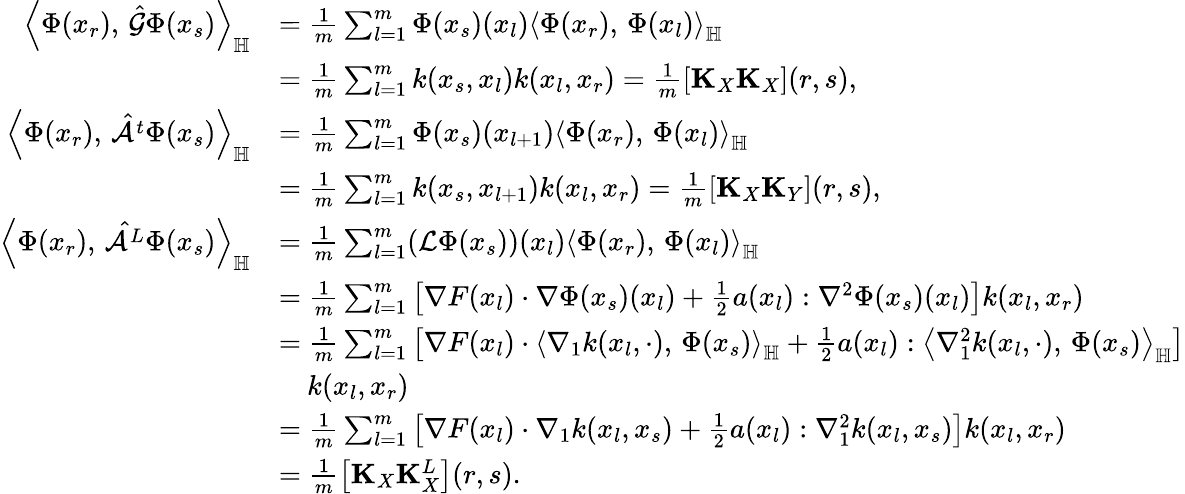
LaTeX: \begin{array}{rl}{\left\langle\Phi(x_{r}),\, \hat{\mathcal{G}}\Phi(x_{s})\right\rangle_{\mathbb{H}}}&{=\frac{1}{m}\sum_{l=1}^{m}\Phi(x_{s})(x_{l})\left\langle\Phi(x_{r}),\, \Phi(x_{l})\right\rangle_{\mathbb{H}}}\\ &{=\frac{1}{m}\sum_{l=1}^{m}k(x_{s},x_{l})k(x_{l},x_{r})=\frac{1}{m}\left[\mathbf{K}_{X}\mathbf{K}_{X}\right](r,s),}\\ {\left\langle\Phi(x_{r}),\, \hat{\mathcal{A}^{t}}\Phi(x_{s})\right\rangle_{\mathbb{H}}}&{=\frac{1}{m}\sum_{l=1}^{m}\Phi(x_{s})(x_{l+1})\left\langle\Phi(x_{r}),\, \Phi(x_{l})\right\rangle_{\mathbb{H}}}\\ &{=\frac{1}{m}\sum_{l=1}^{m}k(x_{s},x_{l+1})k(x_{l},x_{r})=\frac{1}{m}\left[\mathbf{K}_{X}\mathbf{K}_{Y}\right](r,s),}\\ {\left\langle\Phi(x_{r}),\, \hat{\mathcal{A}^{L}}\Phi(x_{s})\right\rangle_{\mathbb{H}}}&{=\frac{1}{m}\sum_{l=1}^{m}(\mathcal{L}\Phi(x_{s}))(x_{l})\left\langle\Phi(x_{r}),\, \Phi(x_{l})\right\rangle_{\mathbb{H}}}\\ &{=\frac{1}{m}\sum_{l=1}^{m}\left[\nabla F(x_{l})\cdot\nabla\Phi(x_{s})(x_{l})+\frac{1}{2}a(x_{l}):\nabla^{2}\Phi(x_{s})(x_{l})\right]k(x_{l},x_{r})}\\ &{=\frac{1}{m}\sum_{l=1}^{m}\left[\nabla F(x_{l})\cdot\left\langle\nabla_{1}k(x_{l},\cdot),\, \Phi(x_{s})\right\rangle_{\mathbb{H}}+\frac{1}{2}a(x_{l}):\left\langle\nabla_{1}^{2}k(x_{l},\cdot),\, \Phi(x_{s})\right\rangle_{\mathbb{H}}\right]}\\ &{\quad k(x_{l},x_{r})}\\ &{=\frac{1}{m}\sum_{l=1}^{m}\left[\nabla F(x_{l})\cdot\nabla_{1}k(x_{l},x_{s})+\frac{1}{2}a(x_{l}):\nabla_{1}^{2}k(x_{l},x_{s})\right]k(x_{l},x_{r})}\\ &{=\frac{1}{m}\left[\mathbf{K}_{X}\mathbf{K}_{X}^{L}\right](r,s).}\end{array}